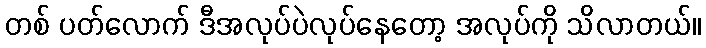
တစ် ပတ်လောက် ဒီအလုပ်ပဲလုပ်နေတော့ အလုပ်ကို သိလာတယ်။